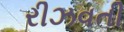
રીઝવતી